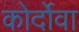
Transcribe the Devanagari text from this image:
कोर्दोवा